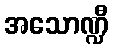
အသောဏ္ဍီ